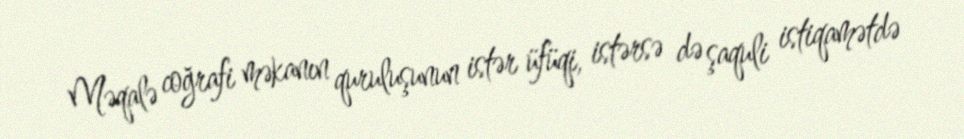
Məqalə coğrafi məkanın quruluşunun istər üfüqi, istərsə də şaquli istiqamətdə